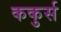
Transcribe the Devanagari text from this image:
ककुर्स